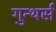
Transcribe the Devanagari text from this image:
गुन्थर्स